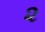
૨